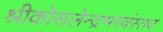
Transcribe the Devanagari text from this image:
श्रीकोसलेन्द्रभगवंस्तव